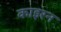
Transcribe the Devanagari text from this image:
काइरन